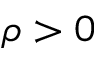
\rho > 0